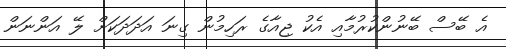
އެ ބޭސް ބޭނުންކުރުމާއި އެކު ޖިއާގެ ރަހިމުން ގިނަ އަދަދަކަށް ލޭ އަންނަން